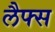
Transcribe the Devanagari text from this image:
लैफ्स